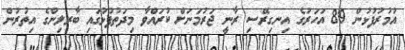
އުމުރުފުޅުން 89 އަހަރުގެ އިނގިރޭސި ރާނީ ޖަރުމަނަށް ކުރައްވާ މިދަތުފުޅުގައި ބާރލިންގެ އިތުރުން